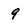
Character: 9